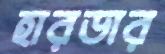
হারডার